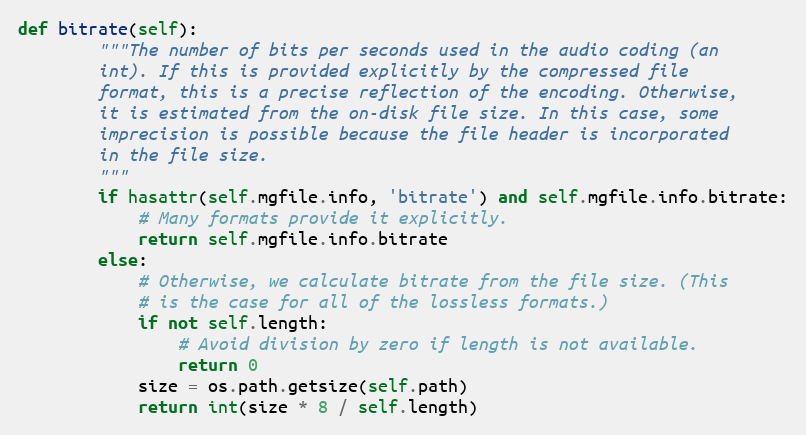
Language: Python
def bitrate(self):
        """The number of bits per seconds used in the audio coding (an
        int). If this is provided explicitly by the compressed file
        format, this is a precise reflection of the encoding. Otherwise,
        it is estimated from the on-disk file size. In this case, some
        imprecision is possible because the file header is incorporated
        in the file size.
        """
        if hasattr(self.mgfile.info, 'bitrate') and self.mgfile.info.bitrate:
            # Many formats provide it explicitly.
            return self.mgfile.info.bitrate
        else:
            # Otherwise, we calculate bitrate from the file size. (This
            # is the case for all of the lossless formats.)
            if not self.length:
                # Avoid division by zero if length is not available.
                return 0
            size = os.path.getsize(self.path)
            return int(size * 8 / self.length)